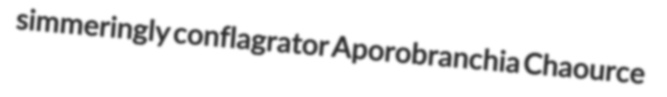
simmeringly conflagrator Aporobranchia Chaource